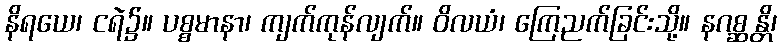
နိရယေ၊ ငရဲ၌။ ပစ္စမာနာ၊ ကျက်ကုန်လျက်။ ဝိလယံ၊ ကြေညက်ခြင်းသို့။ နဂစ္ဆန္တိ၊